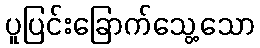
ပူပြင်းခြောက်သွေ့သော